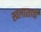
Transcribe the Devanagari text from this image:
खलाशाची